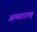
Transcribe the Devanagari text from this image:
आळ्वारगळ्